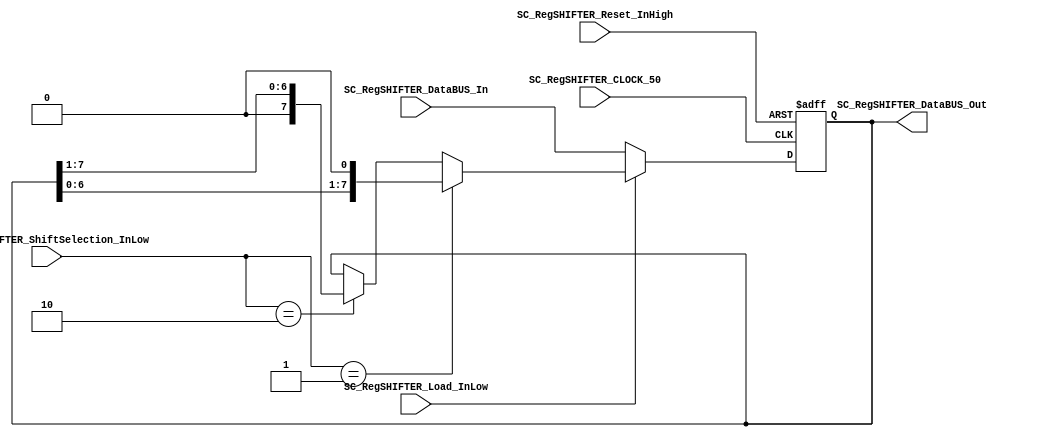
//##########################################################################
//######					G0B1T HDL EXAMPLES											####
//######	Fredy Enrique Segura-Quijano fsegura@uniandes.edu.co				####   
//######																						####   
//######				MODIFICADO: Marzo de 2018 - FES								####   
//##########################################################################
//# G0B1T
//# Copyright (C) 2018 Bogot, Colombia
//# 
//# This program is free software: you can redistribute it and/or modify
//# it under the terms of the GNU General Public License as published by
//# the Free Software Foundation, version 3 of the License.
//#
//# This program is distributed in the hope that it will be useful,
//# but WITHOUT ANY WARRANTY; without even the implied warranty of
//# MERCHANTABILITY or FITNESS FOR A PARTICULAR PURPOSE.  See the
//# GNU General Public License for more details.
//#
//# You should have received a copy of the GNU General Public License
//# along with this program.  If not, see <http://www.gnu.org/licenses/>.
//#/
//###########################################################################

//=======================================================
//  MODULE Definition
//=======================================================
module SC_RegSHIFTER #(parameter DATAWIDTH_BUS=8, parameter DATAWIDTH_REGSHIFTER_SELECTION=2)(
	//////////// OUTPUTS //////////
	SC_RegSHIFTER_DataBUS_Out,
	//////////// INPUTS //////////
	SC_RegSHIFTER_CLOCK_50,
	SC_RegSHIFTER_Reset_InHigh,
	SC_RegSHIFTER_Load_InLow,
	SC_RegSHIFTER_ShiftSelection_InLow,
	SC_RegSHIFTER_DataBUS_In
);
//=======================================================
//  PARAMETER declarations
//=======================================================

//=======================================================
//  PORT declarations
//=======================================================
	input		SC_RegSHIFTER_CLOCK_50;
	input		SC_RegSHIFTER_Reset_InHigh;
	input		SC_RegSHIFTER_Load_InLow;	
	input		[DATAWIDTH_REGSHIFTER_SELECTION-1:0] SC_RegSHIFTER_ShiftSelection_InLow;
	input		[DATAWIDTH_BUS-1:0]	SC_RegSHIFTER_DataBUS_In;
	output		[DATAWIDTH_BUS-1:0]	SC_RegSHIFTER_DataBUS_Out;
//=======================================================
//  REG/WIRE declarations
//=======================================================
reg [DATAWIDTH_BUS-1:0] RegSHIFTER_Register;
reg [DATAWIDTH_BUS-1:0] RegSHIFTER_Signal;
//=======================================================
//  Structural coding
//=======================================================
//INPUT LOGIC: COMBINATIONAL
	always @(*)
	if (SC_RegSHIFTER_Load_InLow == 1'b0)
	begin
		RegSHIFTER_Signal = SC_RegSHIFTER_DataBUS_In;
	end
	else if (SC_RegSHIFTER_ShiftSelection_InLow == 2'b01)
	begin
		RegSHIFTER_Signal = RegSHIFTER_Register << 1'b1;   //RegSHIFTER_Signal = {RegSHIFTER_Register[DATAWIDTH_BUS-2:0],0}
	end
	else if (SC_RegSHIFTER_ShiftSelection_InLow == 2'b10)
	begin 
		RegSHIFTER_Signal = RegSHIFTER_Register >> 1'b1;   //RegSHIFTER_Signal = {0,RegSHIFTER_Register[DATAWIDTH_BUS-1:1]}
	end
	else
	begin
		RegSHIFTER_Signal = RegSHIFTER_Register;
	end	
//STATE REGISTER: SEQUENTIAL
	always @(posedge SC_RegSHIFTER_CLOCK_50, posedge SC_RegSHIFTER_Reset_InHigh)
	if (SC_RegSHIFTER_Reset_InHigh == 1'b1) begin
		RegSHIFTER_Register <= 0;
	end
	else begin
		RegSHIFTER_Register <= RegSHIFTER_Signal;
	end
//=======================================================
//  Outputs
//=======================================================
//OUTPUT LOGIC: COMBINATIONAL
	assign SC_RegSHIFTER_DataBUS_Out = RegSHIFTER_Register;

endmodule